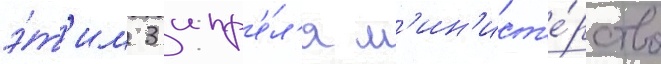
э́т'им 3 апр'е́л'я м'ин'ист'е́рство